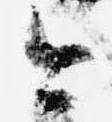
今